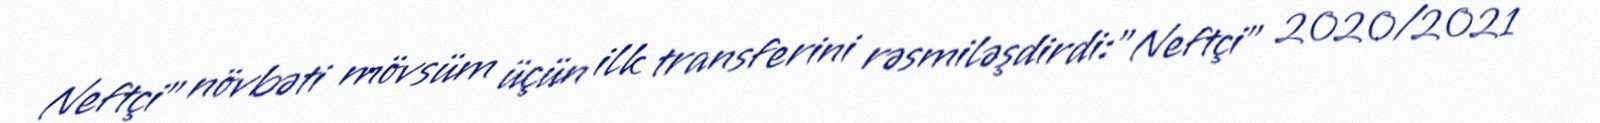
Neftçi” növbəti mövsüm üçün ilk transferini rəsmiləşdirdi:"Neftçi” 2020/2021